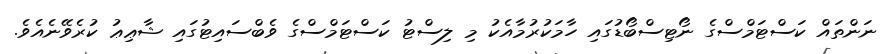
ނަންތައް ކަސްޓަމްސްގެ ނޯޓިސްބޯޑުގައި ހާމަކުރުމާއެކު މި ލިސްޓު ކަސްޓަމްސްގެ ވެބްސައިޓުގައި ޝާޢިޢު ކުރެވޭނެއެވެ.